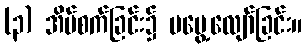
(၃) အိပ်စက်ခြင်း၌ မမွေ့လျော်ခြင်း။